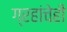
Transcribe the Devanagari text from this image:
ग्रहांचेही